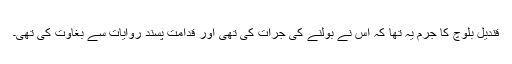
قندیل بلوچ کا جرم یہ تھا کہ اس نے بولنے کی جرات کی تھی اور قدامت پسند روایات سے بغاوت کی تھی۔